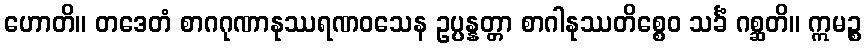
ဟောတိ။ တဒေတံ စာဂဂုဏာနုဿရဏဝသေန ဥပ္ပန္နတ္တာ စာဂါနုဿတိစ္စေဝ သင်္ခံ ဂစ္ဆတိ။ ဣမဉ္စ